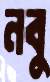
নবু